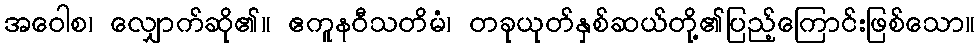
အဝေါစ၊ လျှောက်ဆို၏။ ဧကူနဝီသတိမံ၊ တခုယုတ်နှစ်ဆယ်တို့၏ပြည့်ကြောင်းဖြစ်သော။